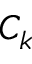
C _ { k }